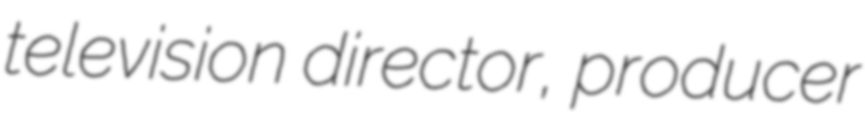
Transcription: television director, producer